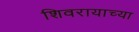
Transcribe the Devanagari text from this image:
शिवरायाच्या